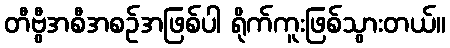
တီဗွီအစီအစဉ်အဖြစ်ပါ ရိုက်ကူးဖြစ်သွားတယ်။